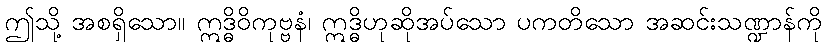
ဤသို့ အစရှိသော။ ဣဒ္ဓိဝိကုဗ္ဗနံ၊ ဣဒ္ဓိဟုဆိုအပ်သော ပကတိသော အဆင်းသဏ္ဍာန်ကို